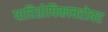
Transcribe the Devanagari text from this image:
पारितोषिकाबरोबर